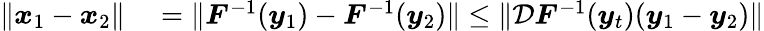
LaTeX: \begin{array}{rl}{\| \boldsymbol{x}_{1}-\boldsymbol{x}_{2}\| }&{{}=\| \boldsymbol{F}^{-1}(\boldsymbol{y}_{1})-\boldsymbol{F}^{-1}(\boldsymbol{y}_{2})\| \le\| \mathcal{D}\boldsymbol{F}^{-1}(\boldsymbol{y}_{t})(\boldsymbol{y}_{1}-\boldsymbol{y}_{2})\| }\end{array}